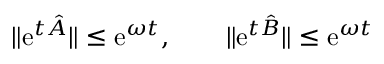
\begin{array} { r } { \| \ensuremath { \mathrm { e } } ^ { t \hat { A } } \| \leq \ensuremath { \mathrm { e } } ^ { \omega t } , \qquad \| \ensuremath { \mathrm { e } } ^ { t \hat { B } } \| \le \ensuremath { \mathrm { e } } ^ { \omega t } } \end{array}